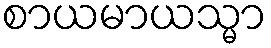
စာယမာယသ္မာ